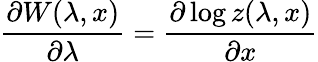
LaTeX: \frac{\partial W(\lambda,x)}{\partial\lambda}=\frac{\partial\log z(\lambda,x)}{\partial x}